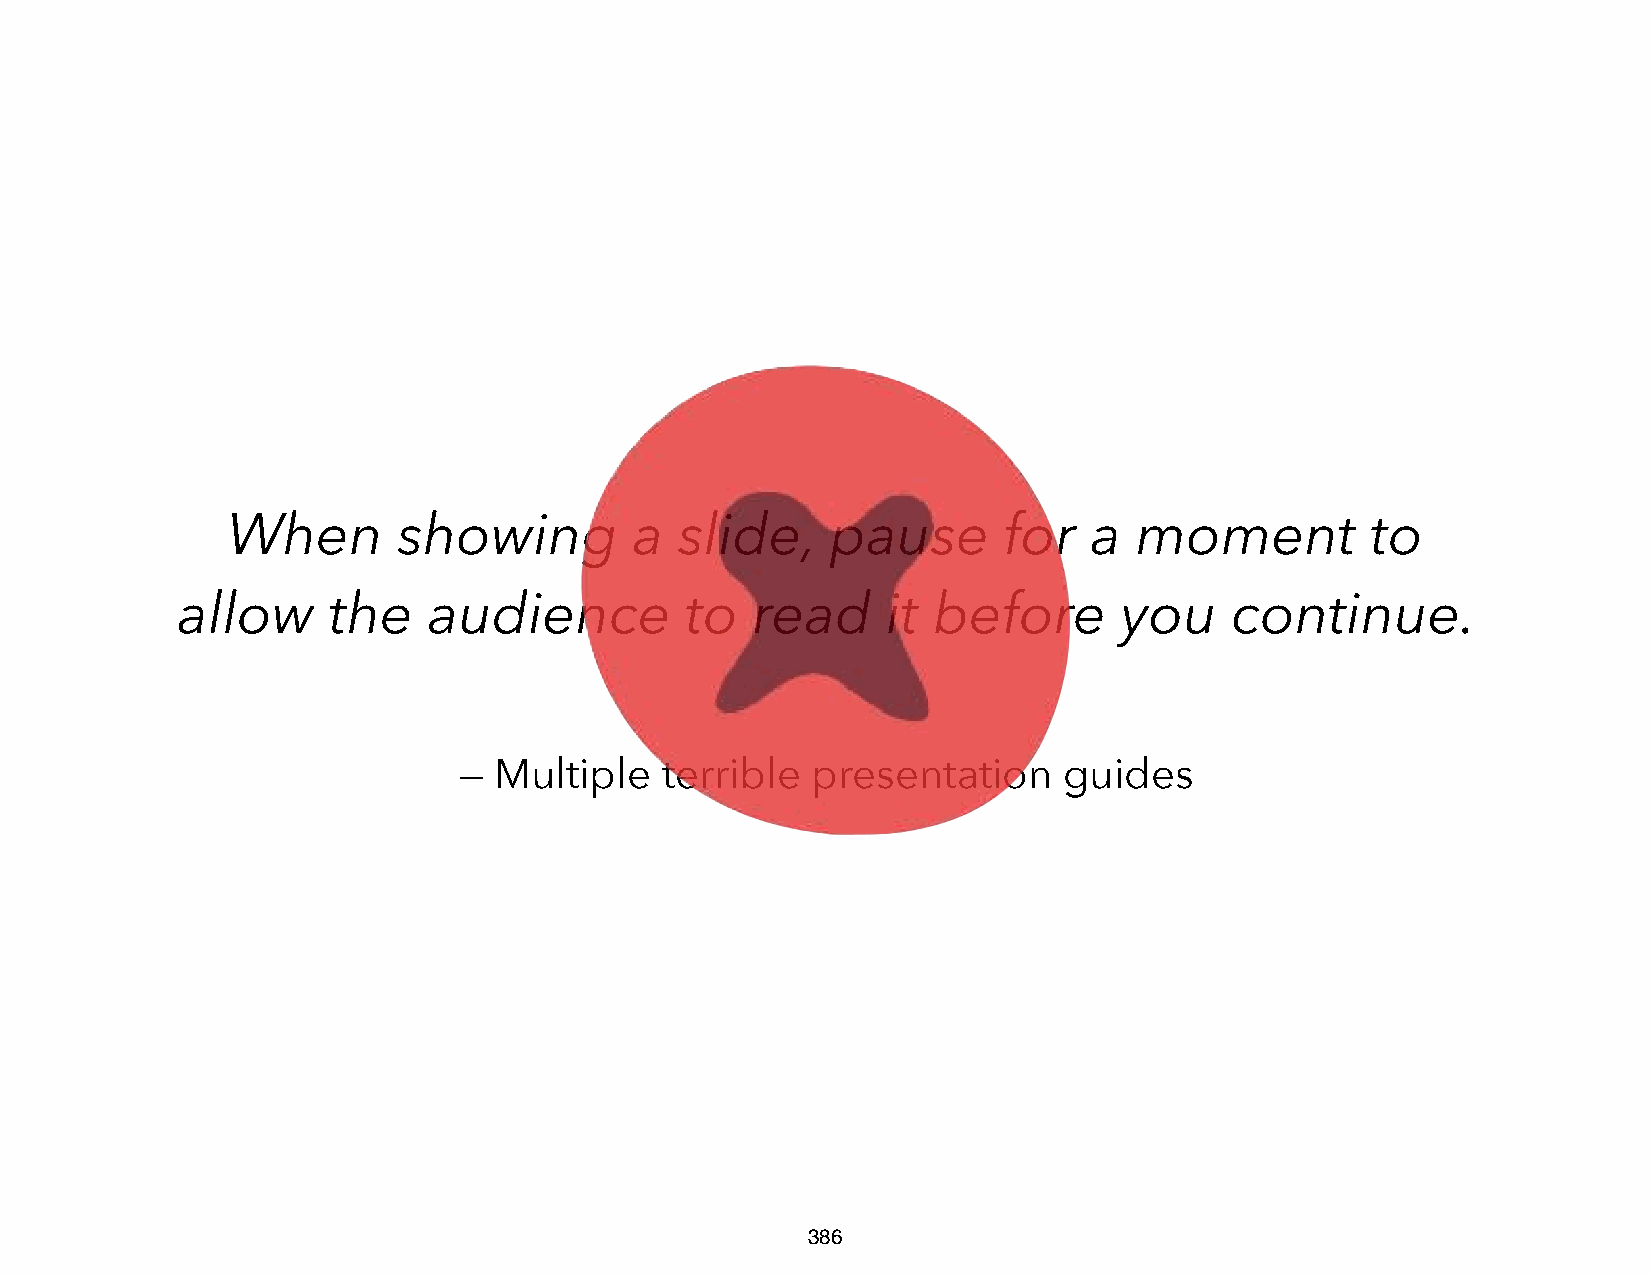
When       showing         a  slide,    pause      for   a  moment          to
 allow     the   audience         to   read     it before      you    continue.
 —  Multiple   terrible  presentation    guides
 386